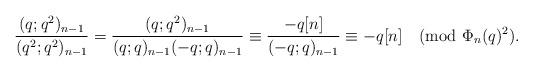
LaTeX: \begin{align*}\frac{(q;q^2)_{n-1} }{(q^2;q^2)_{n-1}}=\frac{(q;q^2)_{n-1} }{(q;q)_{n-1} (-q;q)_{n-1}}\equiv \frac{-q[n]}{(-q;q)_{n-1}}\equiv -q[n]\pmod{\Phi_n(q)^2}.\end{align*}